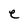
Character: e